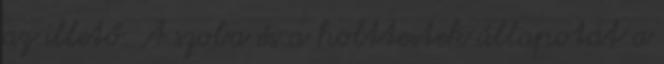
az illető. A szoba és a holttestek állapotát a